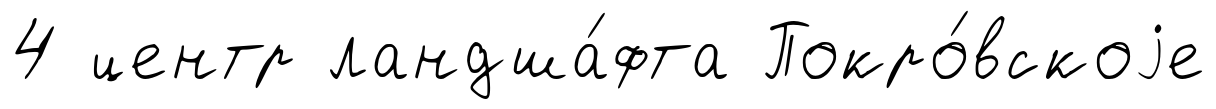
4 центр ландша́фта Покро́вскоjе